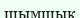
шымшық